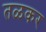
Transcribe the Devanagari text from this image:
तळकर